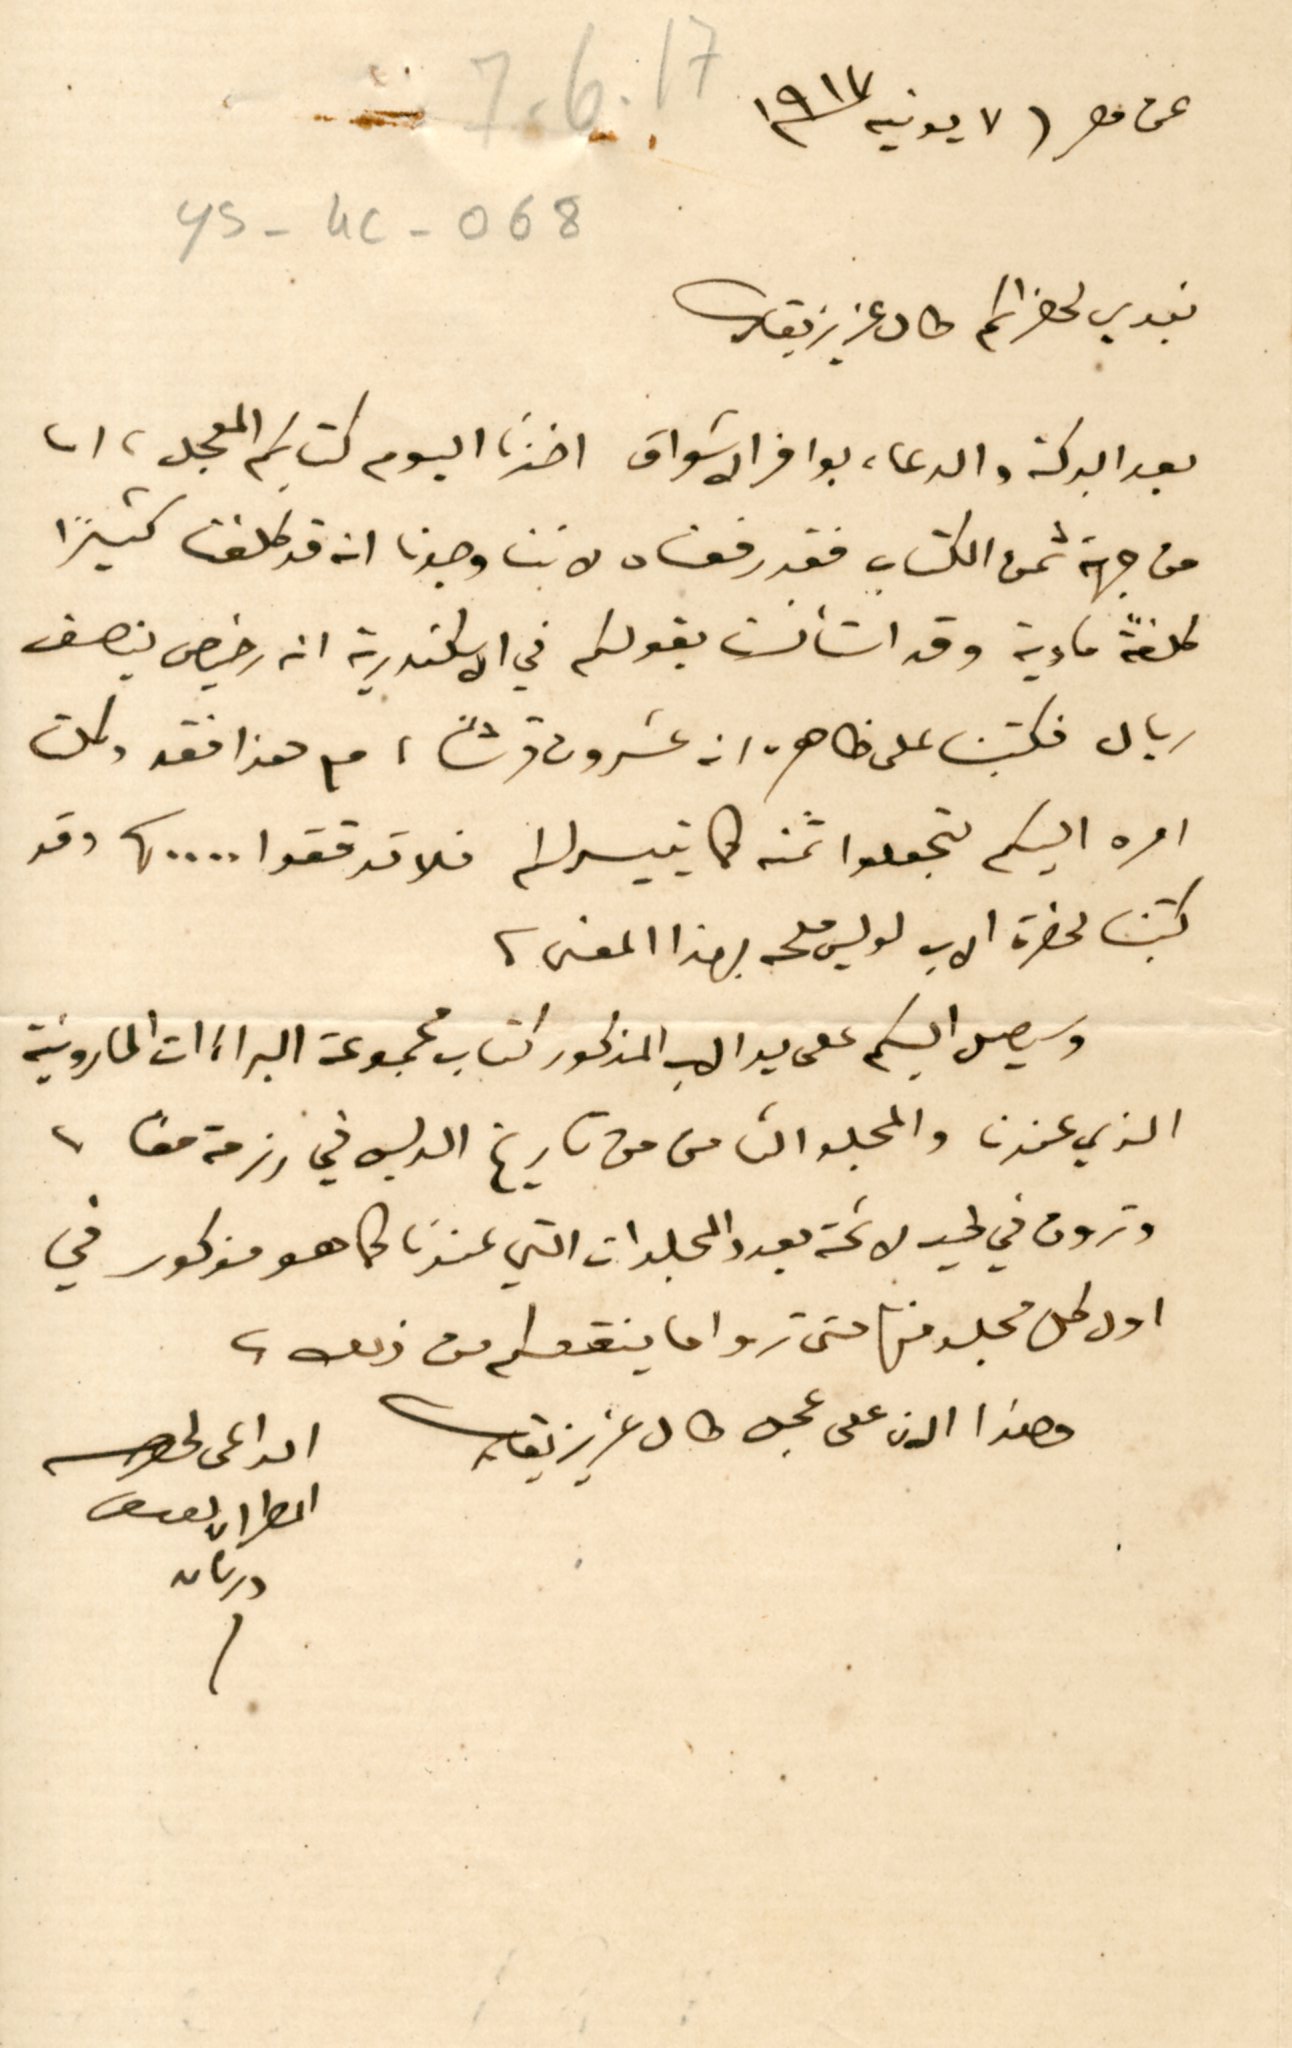
عن مصر٧ يونية ١٩٧٧
ys-4c-068
نبدي لحضراتكم طال عزيز بقاك
بعد البركة والدعاء بوافر الاشواق اخذنا اليوم كتابكم المعجل، اما
من جهة ثمن الكتاب فقد رفعناه لاننا وجدنا انه قد كلفنا كثيراً
كلفةً مادية وقد استأنست بقولكم في الاسكندرية انه رخيص بنصف
ريال فكتبنا على ظاهره، انه عشرون قرشًا، مع هذا فقد وكلت
امره اليكم لتجعلوا ثمنه كما تيسر لكم فلا تدققوا .. ..، وقد
كتبنا لحضرة الاب لويس ملحه بهذا المعنى
وسيصل اليكم على يد الاب المذكور كتاب مجموعة البراءَات المارونية
الذي عندنا والمجلد الثامن من تاريخ الدبس في رزمة معًا.
وتجدون في طيه لائحة بعدد المجلدات التي عندنا كما هو مذكور في
اول كل مجلد منها حتى تروا ما ينقعكم من ذلك
وهذا الان على عجل طال عزيز بقاك الداعى
المطران يوسف دريان
7-6-17